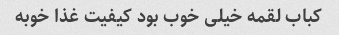
کباب لقمه خیلی خوب بود کیفیت غذا خوبه